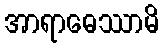
အာရာဓေဿာမိ